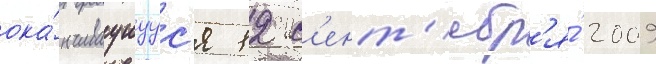
ока́нчиваущуус'я 12 с'ент'ябр'я́ 2009